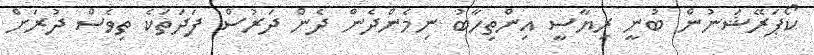
ކޯޕަރޭޝަނުން ބުނީ ރިޔާސީ އިންތިހާބު ނިމެންދެން ދެން ދަރުސް ފަދަތަކެ ތިވެސް ދުރަށް